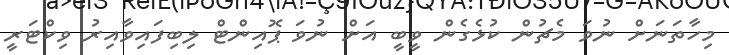
މިހާތަނަށް ނުވަ މެޗުން ކުޅެގެން ވީބީ އަށް ނުވަ ޕޮއިންޓް ލިބިފައިވާއިރު ވިކްޓަރީ